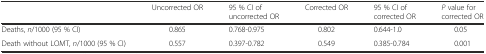
<table><thead><tr><td></td><td><b>Uncorrected OR</b></td><td><b>95 % CI of uncorrected OR</b></td><td><b>Corrected OR</b></td><td><b>95 % CI of corrected OR</b></td><td><b><i>P</i> value for corrected OR</b></td></tr></thead><tbody><tr><td>Deaths, <i>n</i>/1000 (95 % CI)</td><td>0.865</td><td>0.768-0.975</td><td>0.802</td><td>0.644-1.0</td><td>0.05</td></tr><tr><td>Death without LOMT, <i>n</i>/1000 (95 % CI)</td><td>0.557</td><td>0.397-0.782</td><td>0.549</td><td>0.385-0.784</td><td>0.001</td></tr></tbody></table>